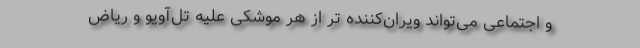
و اجتماعی می‌تواند ویران‌کننده تر از هر موشکی علیه تل‌آویو و ریاض